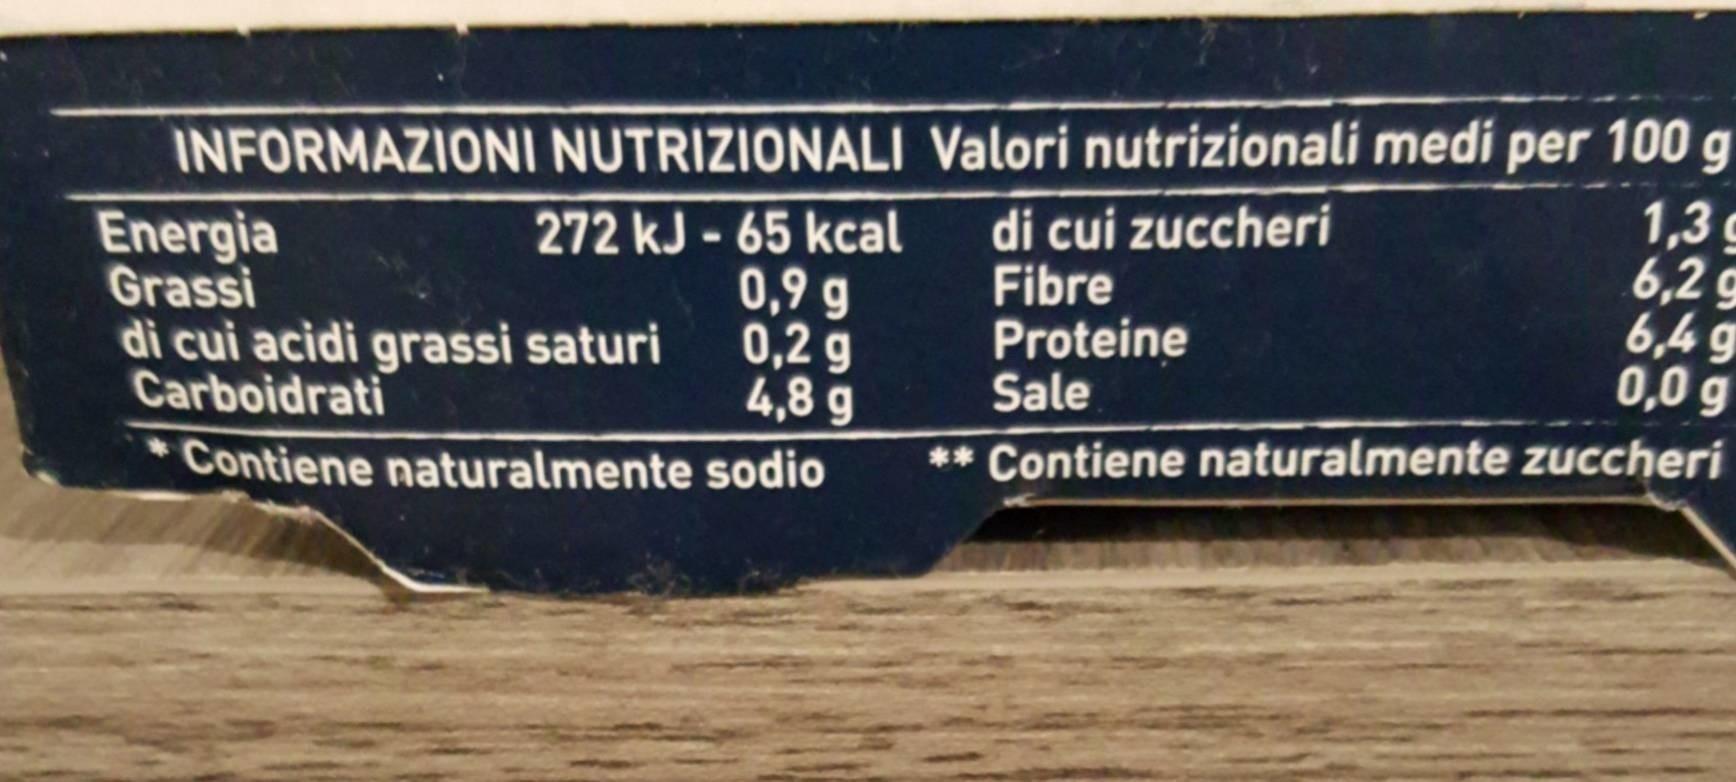
INFORMAZIONI NUTRIZIONALI Valori nutrizionali medi per 100 g
Energia Grassi di cui acidi grassi saturi Carboidrati
272 kJ - 65 kcal 0,9 g 0,2 g 4,8 g
di cui zuccheri Fibre Proteine Sale
1,3g 6,2 g 6,4 g 0,0 g
** Contiene naturalmente zuccheri
* Contiene naturalmente sodio